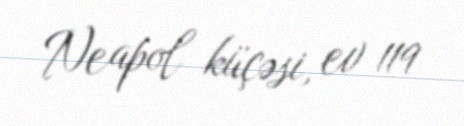
Neapol küçəsi, ev 119